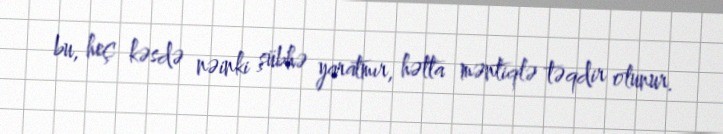
bu, heç kəsdə nəinki şübhə yaratmır, hətta məntiqlə təqdir olunur.